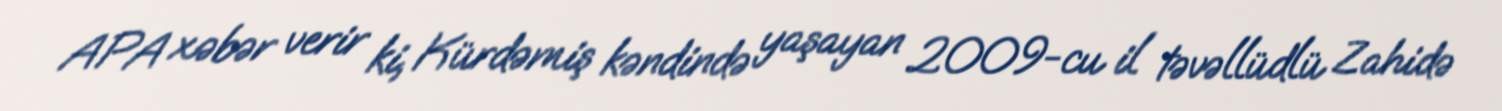
APA xəbər verir ki, Kürdəmiş kəndində yaşayan 2009-cu il təvəllüdlü Zahidə